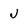
Character: J